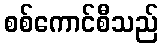
စစ်ကောင်စီသည်